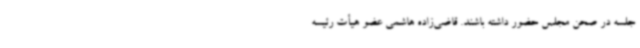
جلسه در صحن مجلس حضور داشته باشند. قاضی‌زاده هاشمی عضو هیأت رئیسه